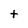
Character: t